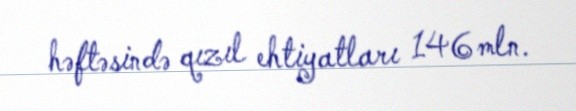
həftəsində qızıl ehtiyatları 146 mln.